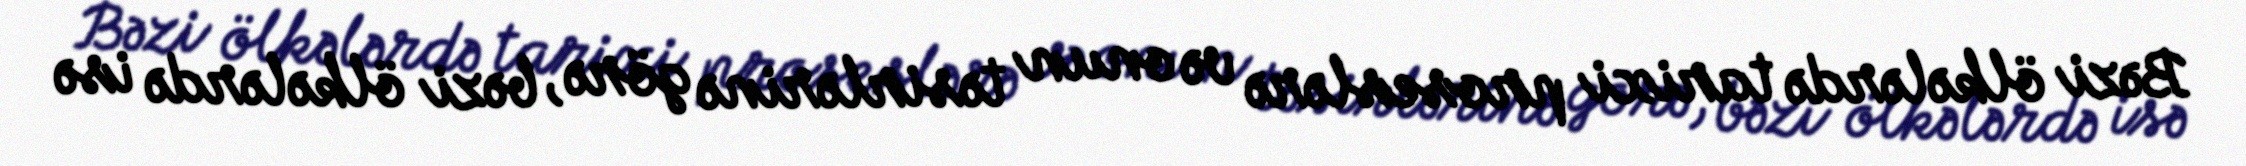
Bəzi ölkələrdə tarixi proseslərə və onun təsirlərinə görə, bəzi ölkələrdə isə